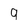
Character: 9